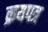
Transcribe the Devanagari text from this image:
क्रयपत्र